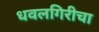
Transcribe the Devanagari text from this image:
धवलगिरीचा